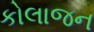
કોલાજન